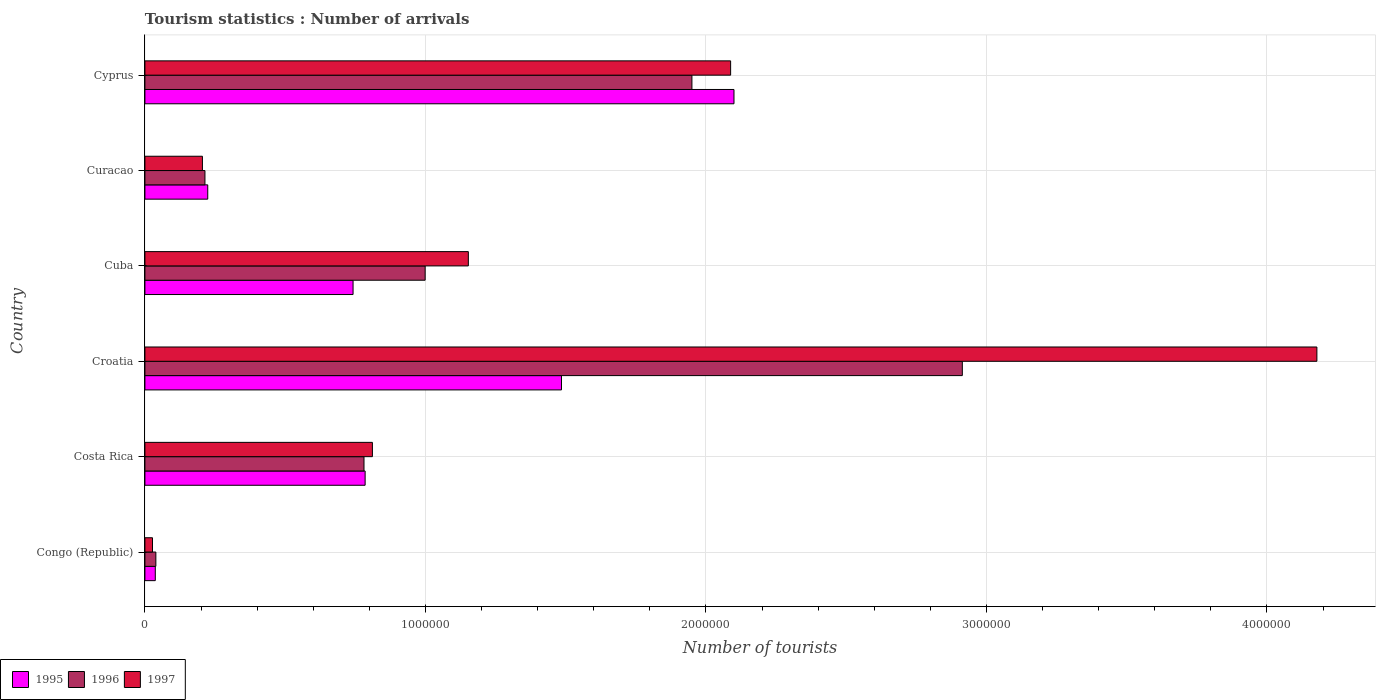
| Country | 1995 | 1996 | 1997 |
 | --- | --- | --- | --- |
 | Congo (Republic) | 3.7e+04 | 3.9e+04 | 2.7e+04 |
 | Costa Rica | 7.85e+05 | 7.81e+05 | 8.11e+05 |
 | Croatia | 1.48e+06 | 2.91e+06 | 4.18e+06 |
 | Cuba | 7.42e+05 | 9.99e+05 | 1.15e+06 |
 | Curacao | 2.24e+05 | 2.14e+05 | 2.05e+05 |
 | Cyprus | 2.1e+06 | 1.95e+06 | 2.09e+06 |